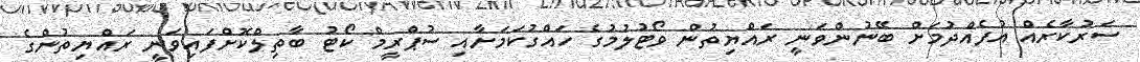
ސަރުކާރެއް އުފެއްދުމަށް ބޭނުންވަނީ ރައްޔިތުން ވޯޓުލުމުގެ ހައްގުކަމަށާއި ސުޕްރީމް ކޯޓު ބާތިލްކޮށްފައިވަނީ ރައްޔިތުންގެ